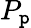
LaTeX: P_{\mathtt{p}}